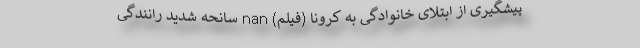
پیشگیری از ابتلای خانوادگی به کرونا (فیلم) nan سانحه شدید رانندگی